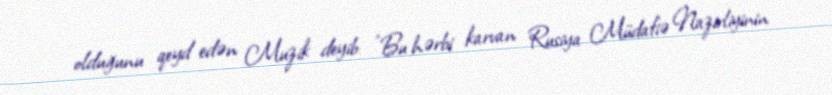
olduğunu qeyd edən Muzik deyib: "Bu hərbi karvan Rusiya Müdafiə Nazirliyinin